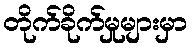
တိုက်ခိုက်မှုများမှာ